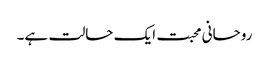
روحانی محبت ایک حالت ہے۔